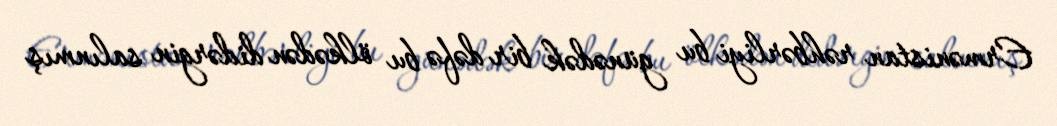
Ermənistan rəhbərliyi bu günədək bir dəfə bu ölkədən didərgin salınmış